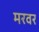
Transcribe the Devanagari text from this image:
मरवर